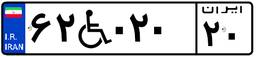
۶۲W۰۲۰۲۰